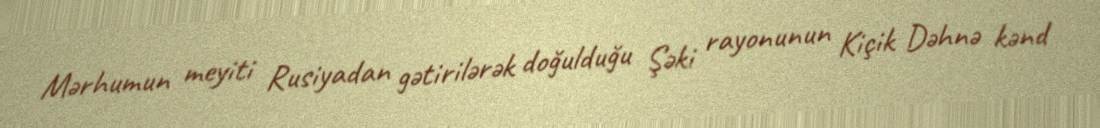
Mərhumun meyiti Rusiyadan gətirilərək doğulduğu Şəki rayonunun Kiçik Dəhnə kənd